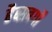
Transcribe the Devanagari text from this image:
हैब्सबर्गों